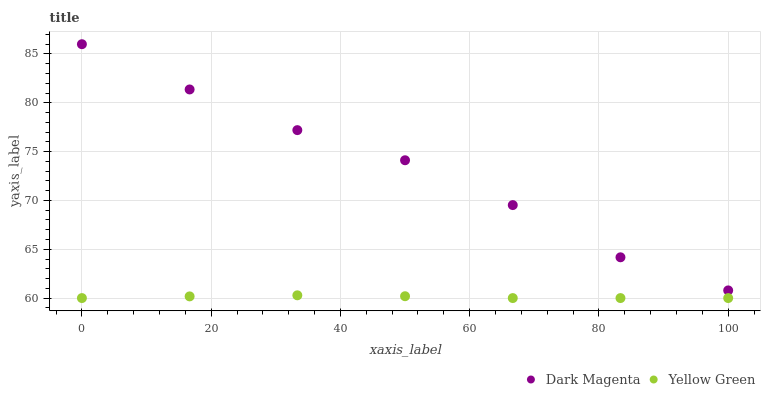
| xaxis_label | Dark Magenta | Yellow Green |
 | --- | --- | --- |
 | 0 | 86 | 60 |
 | 16.7 | 81.4 | 60.2 |
 | 33.3 | 77.2 | 60.3 |
 | 50 | 74.1 | 60.2 |
 | 66.7 | 69.5 | 60 |
 | 83.3 | 64.2 | 60 |
 | 100 | 60.8 | 60 |